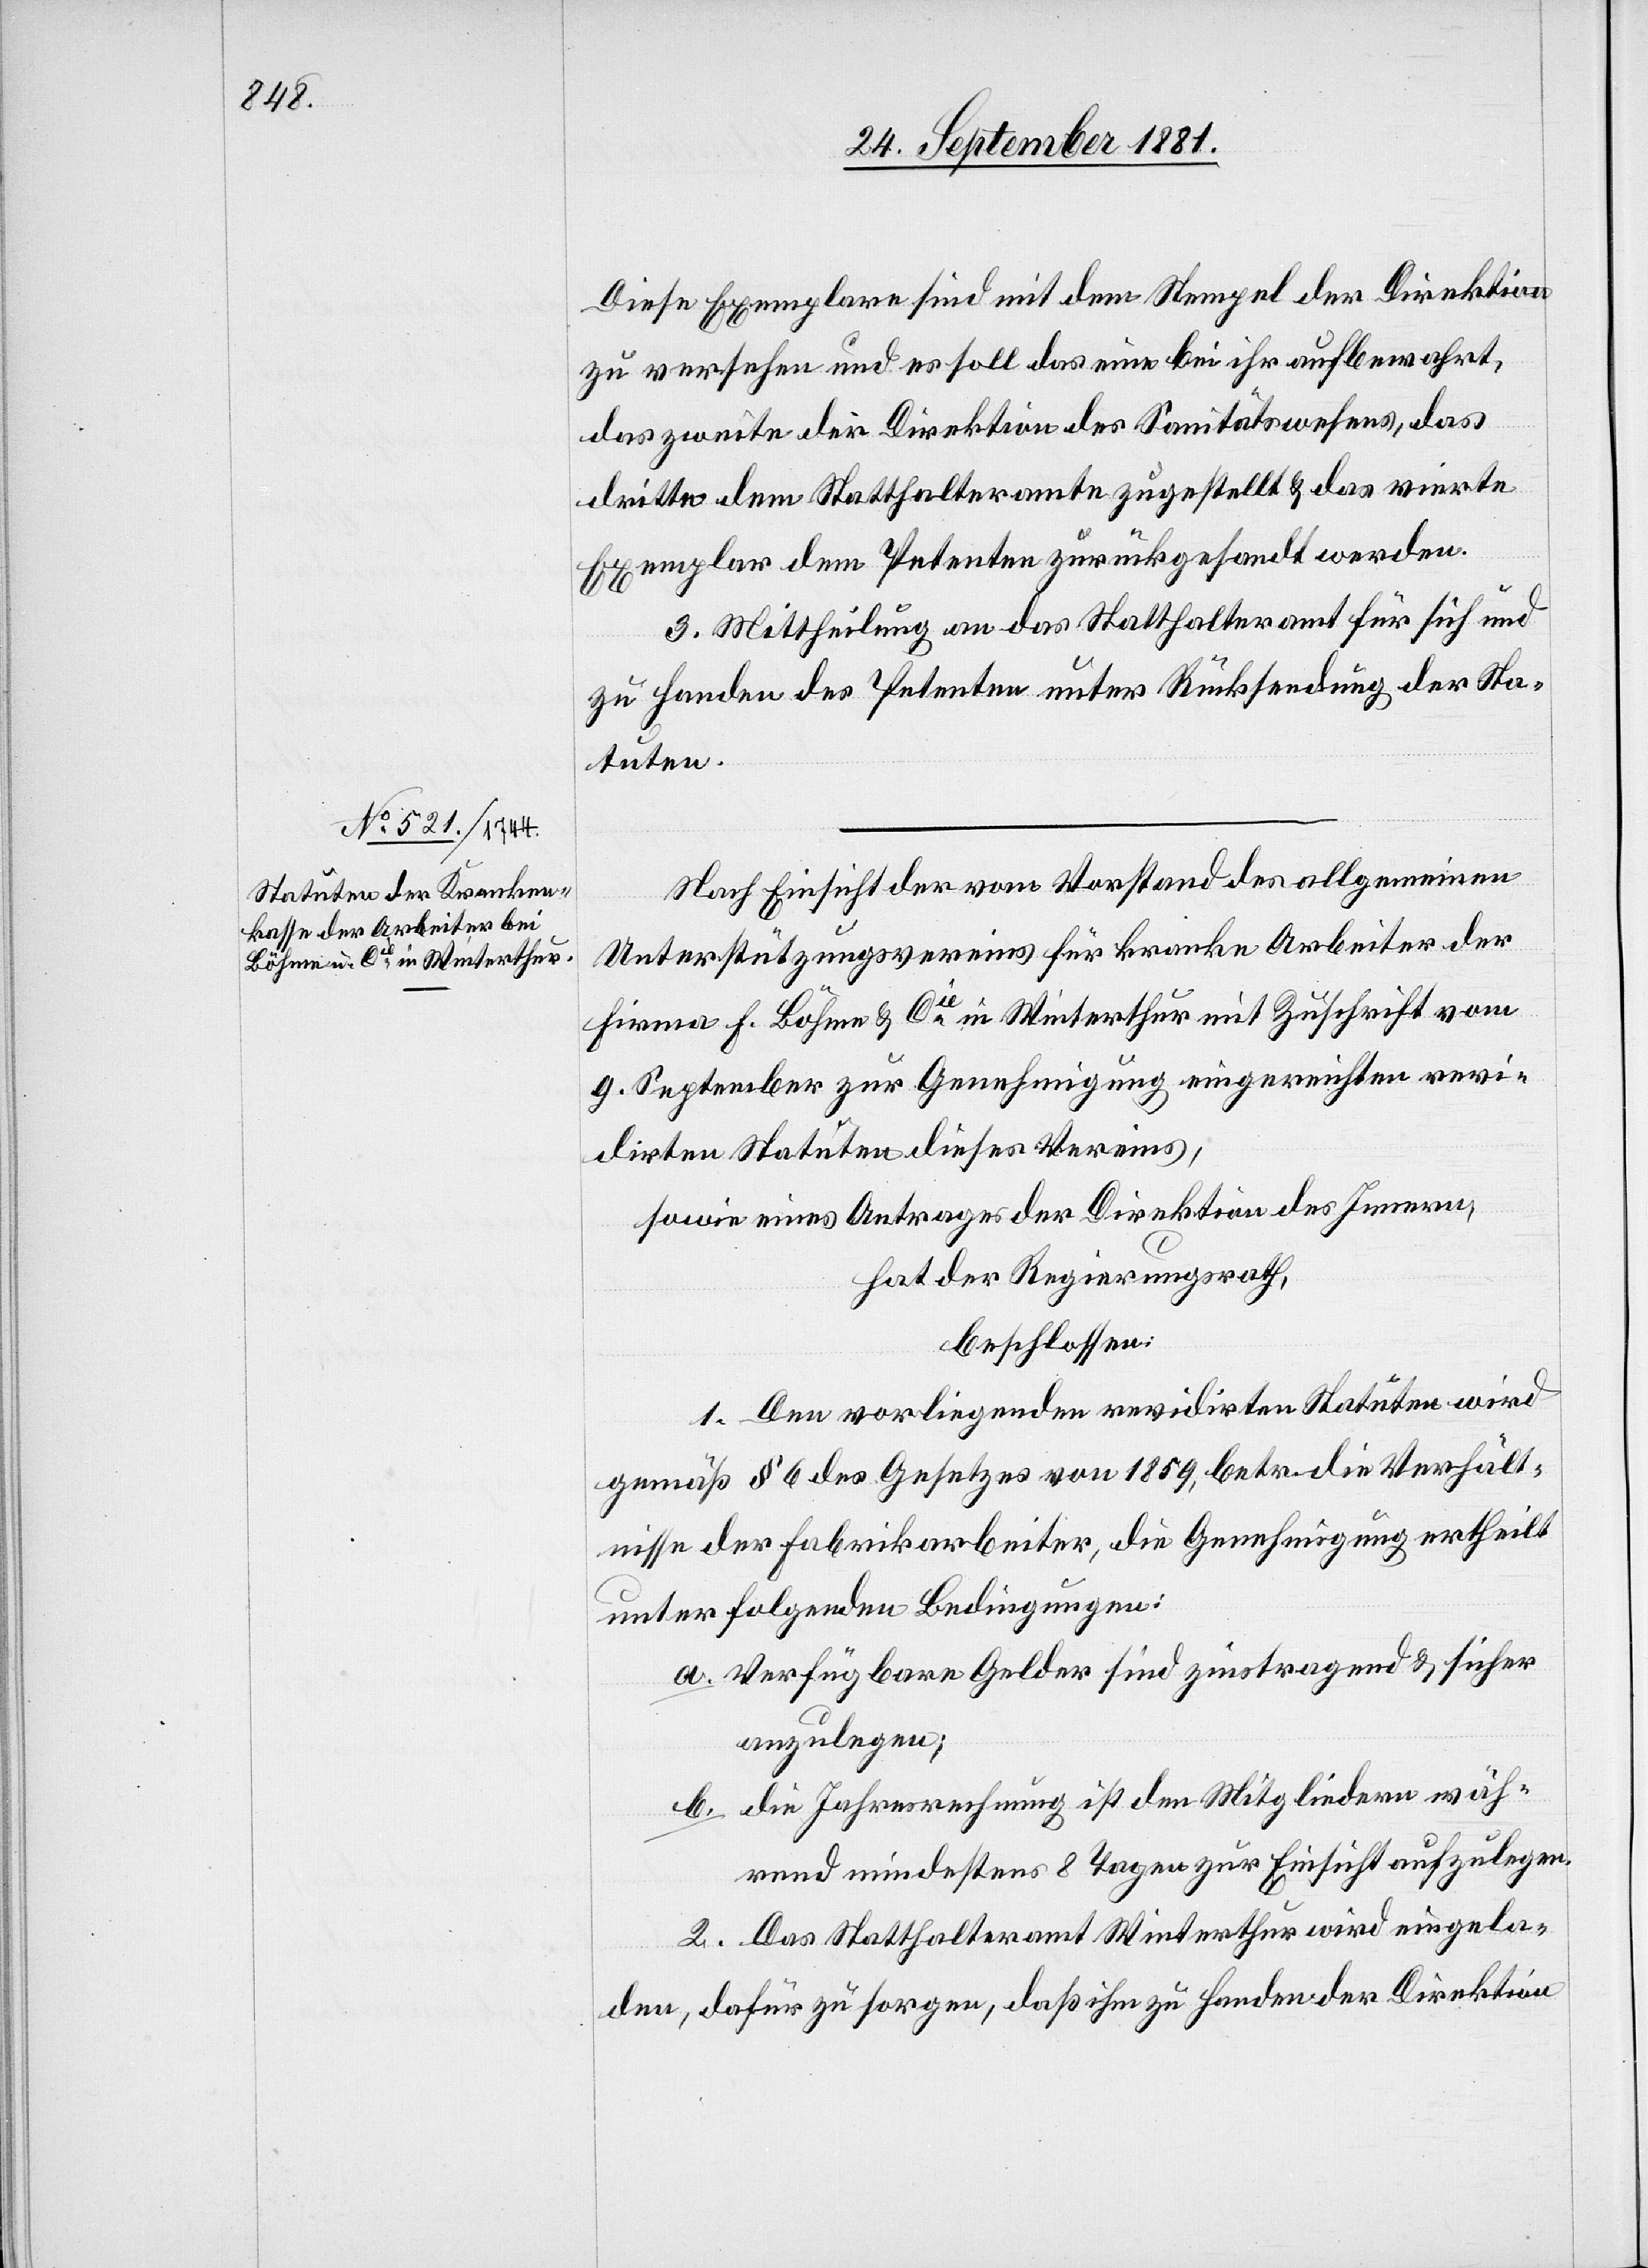
Diese Exemplare sind mit dem Stempel der Direktion
zu versehen und es soll das eine bei ihr aufbewahrt,
das zweite der Direktion des Sanitätswesens, das
dritte dem Statthalteramte zugestellt & das vierte
Exemplar dem Petenten zurückgesandt werden.
3. Mittheilung an das Statthalteramt für sich und
zu Handen des Petenten unter Rücksendung der Sta¬
tuten.
Nach Einsicht der vom Vorstand des allgemeinen
Unterstützungsvereins für kranke Arbeiter der
Firma F. Böhme & Cie in Winterthur mit Zuschrift vom
9. September zur Genehmigung eingereichten revi¬
dirten Statuten dieses Vereins,
sowie eines Antrages der Direktion des Innern,
hat der Regierungsrath,
beschlossen:
1. Den vorliegenden revidirten Statuten wird
gemäß § 6 des Gesetzes von 1859, betr. die Verhält¬
nisse der Fabrikarbeiter, die Genehmigung ertheilt
unter folgenden Bedingungen:
a. Verfügbare Gelder sind zinstragend & sicher
anzulegen;
b. die Jahresrechnung ist den Mitgliedern wäh¬
rend mindestens 8 Tagen zur Einsicht aufzulegen.
2. Das Statthalteramt Winterthur wird eingela¬
den, dafür zu sorgen, daß ihm zu Handen der Direktion